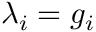
\lambda _ { i } = g _ { i }